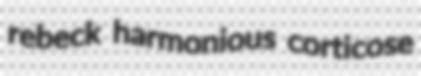
rebeck harmonious corticose